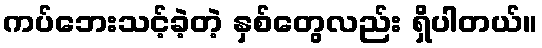
ကပ်ဘေးသင့်ခဲ့တဲ့ နှစ်တွေလည်း ရှိပါတယ်။